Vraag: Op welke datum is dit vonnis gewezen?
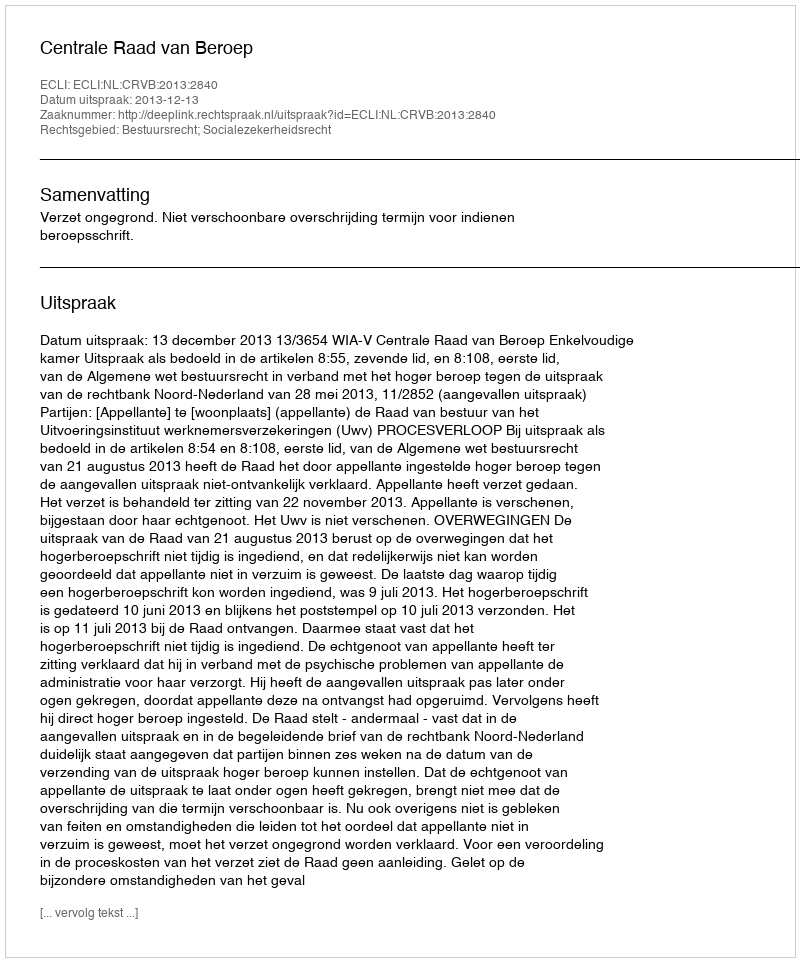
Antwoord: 2013-12-13